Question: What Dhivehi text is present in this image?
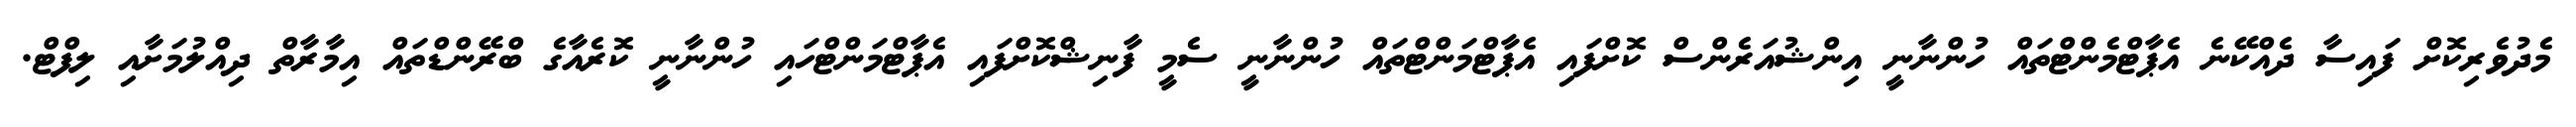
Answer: މެދުވެރިކޮށް ފައިސާ ދެއްކޭނެ އެޕާޓްމެންޓްތައް ހުންނާނީ އިންޝުއަރެންސް ކޮށްފައި އެޕާޓްމަންޓްތައް ހުންނާނީ ސެމީ ފާނިޝްކޮށްފައި އެޕާޓްމަންޓްހައި ހުންނާނީ ކޮރެއާގެ ބްރޭންޑްތައް އިމާރާތް ދިއްލުމަށާއި ލިފްޓް.